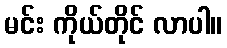
မင်း ကိုယ်တိုင် လာပါ။